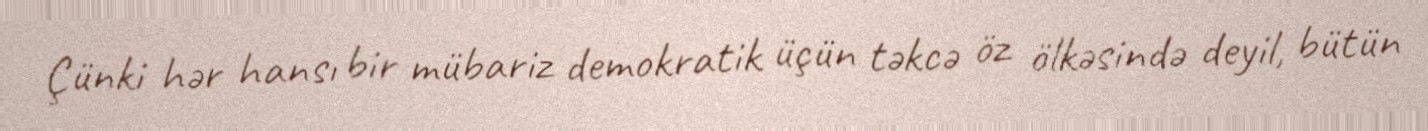
Çünki hər hansı bir mübariz demokratik üçün təkcə öz ölkəsində deyil, bütün